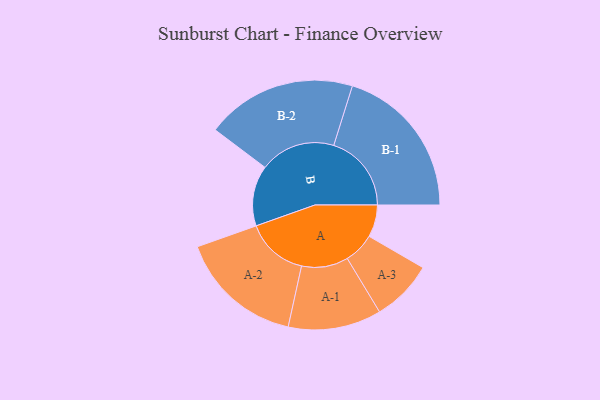
{"axis": {"x": "Segment", "y": "Value"}, "legend": ["", "A", "B"], "data": [{"x": "A", "y": 114, "type": ""}, {"x": "B", "y": 214, "type": ""}, {"x": "A-1", "y": 165, "type": "A"}, {"x": "A-2", "y": 220, "type": "A"}, {"x": "A-3", "y": 109, "type": "A"}, {"x": "B-1", "y": 275, "type": "B"}, {"x": "B-2", "y": 267, "type": "B"}]}